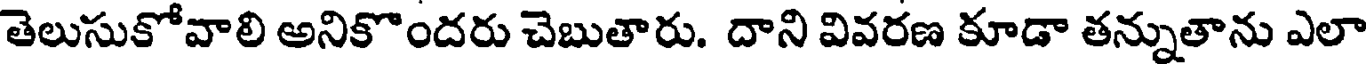
తెలుసుకోవాలి అనికొందరు చెబుతారు. దాని వివరణ కూడా తన్నుతాను ఎలా